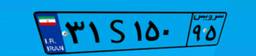
۶۴S۵۸۰۸۰